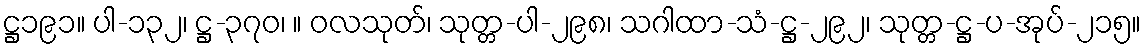
ဋ္ဌ၁၉၁။ ပါ-၁၃၂၊ ဋ္ဌ-၃၇၀၊ ။ ဝလသုတ်၊ သုတ္တ-ပါ-၂၉၈၊ သဂါထာ-သံ-ဋ္ဌ-၂၉၂၊ သုတ္တ-ဋ္ဌ-ပ-အုပ်-၂၁၅။